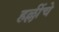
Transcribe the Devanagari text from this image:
हल्लींचे